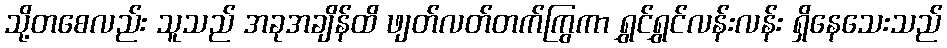
သို့တစေလည်း သူသည် အခုအချိန်ထိ ဖျတ်လတ်တက်ကြွကာ ရွှင်ရွှင်လန်းလန်း ရှိနေသေးသည်